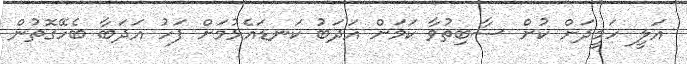
އަލީ ހަމީދަށް ކުށް ސާބިތުވާ ކަމަށް އަދަބު ކަނޑައެޅުމަށް ފަހު އަދަބާ ބެހޭގޮތުން